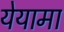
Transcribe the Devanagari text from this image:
येयामा